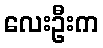
လေးဦးက